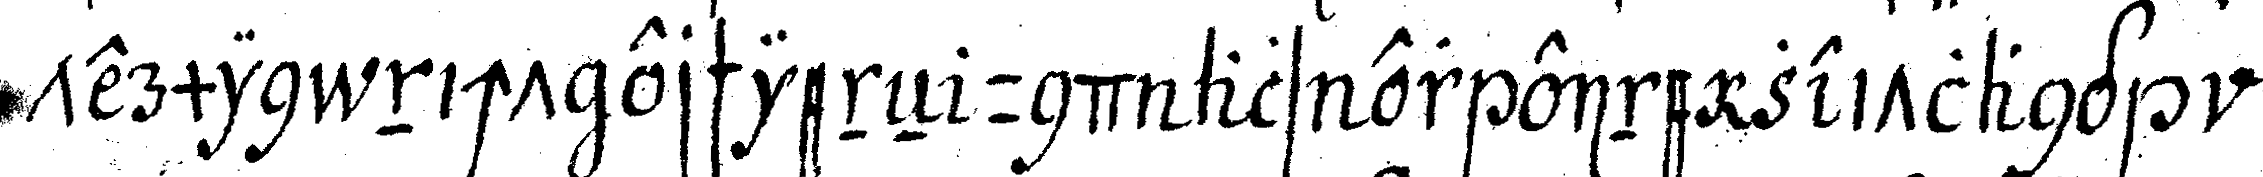
termin nicht erschieneN und als er eine zeitlang